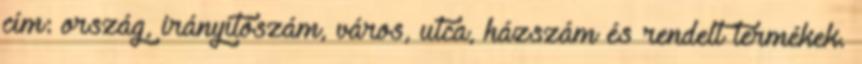
cím: ország, irányítószám, város, utca, házszám és rendelt termékek.